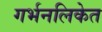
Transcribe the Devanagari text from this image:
गर्भनलिकेत